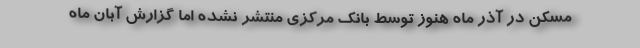
مسكن در آذر ماه هنوز توسط بانك مركزي منتشر نشده اما گزارش آبان ماه